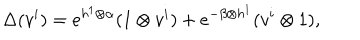
\Delta ( v ^ { i } ) = e ^ { h ^ { 1 } \otimes \alpha } ( 1 \otimes v ^ { i } ) + e ^ { - \beta \otimes h ^ { 1 } } ( v ^ { i } \otimes 1 ) ,